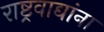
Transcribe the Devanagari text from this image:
राष्ट्रवाद्यांना